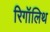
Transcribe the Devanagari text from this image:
रिगॉलिथ